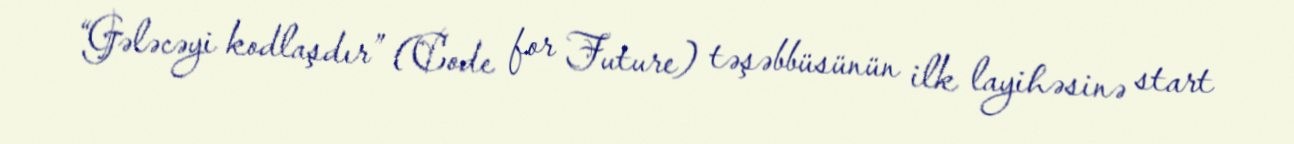
“Gələcəyi kodlaşdır” (Code for Future) təşəbbüsünün ilk layihəsinə start